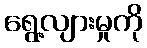
ရွေ့လျားမှုကို